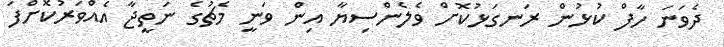
ދެވަނަ ހާފް ކުޅުން ރަނގަޅުކޮށް ވެލެންސިޔާ އިން ވަނީ މެޗުގެ ނަތީޖާ އެއްވަރުކޮށްފަ